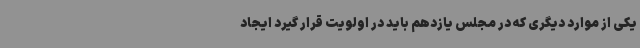
یکی از موارد دیگری که در مجلس یازدهم باید در اولویت قرار گیرد ایجاد